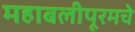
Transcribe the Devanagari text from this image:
महाबलीपूरमचे